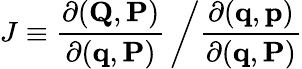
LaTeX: J\equiv{\frac{\partial(\mathbf{Q},\mathbf{P})}{\partial(\mathbf{q},\mathbf{P})}}\left/{\frac{\partial(\mathbf{q},\mathbf{p})}{\partial(\mathbf{q},\mathbf{P})}}\right.